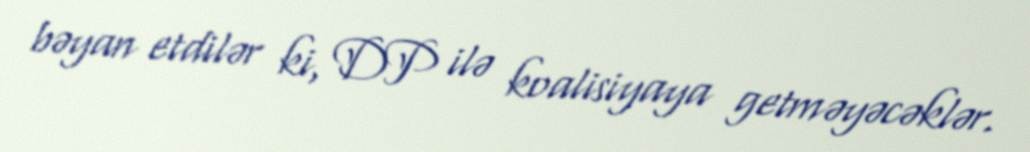
bəyan etdilər ki, DP ilə koalisiyaya getməyəcəklər.